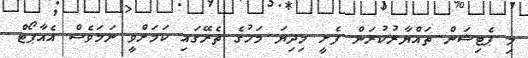
މި ޕެޓިޝަން ތައްޔާރުކުރަން ފެށީ މިދިޔަ މަހުގެ ތެރޭގައި ކަމަށްވީ ނަމަވެސް އެއާޕޯޓް